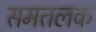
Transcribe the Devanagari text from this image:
समतलक